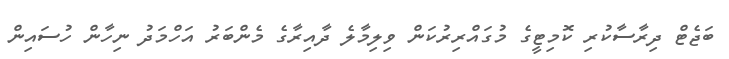
ބަޖެޓް ދިރާސާކުރި ކޮމިޓީގެ މުގައްރިރުކަން ވިލިމާލެ ދާއިރާގެ މެންބަރު އަހްމަދު ނިހާން ހުސައިން